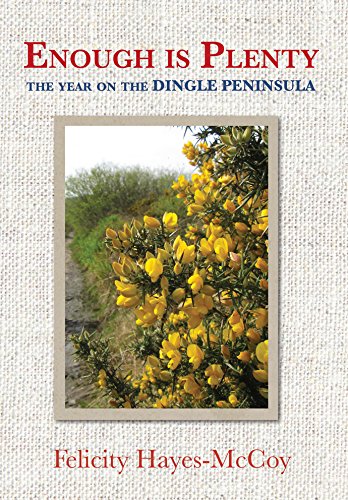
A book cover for Enough is Plenty: The Year On the Dingle Peninsula; Felicity Hayes-Mccoy; Travel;